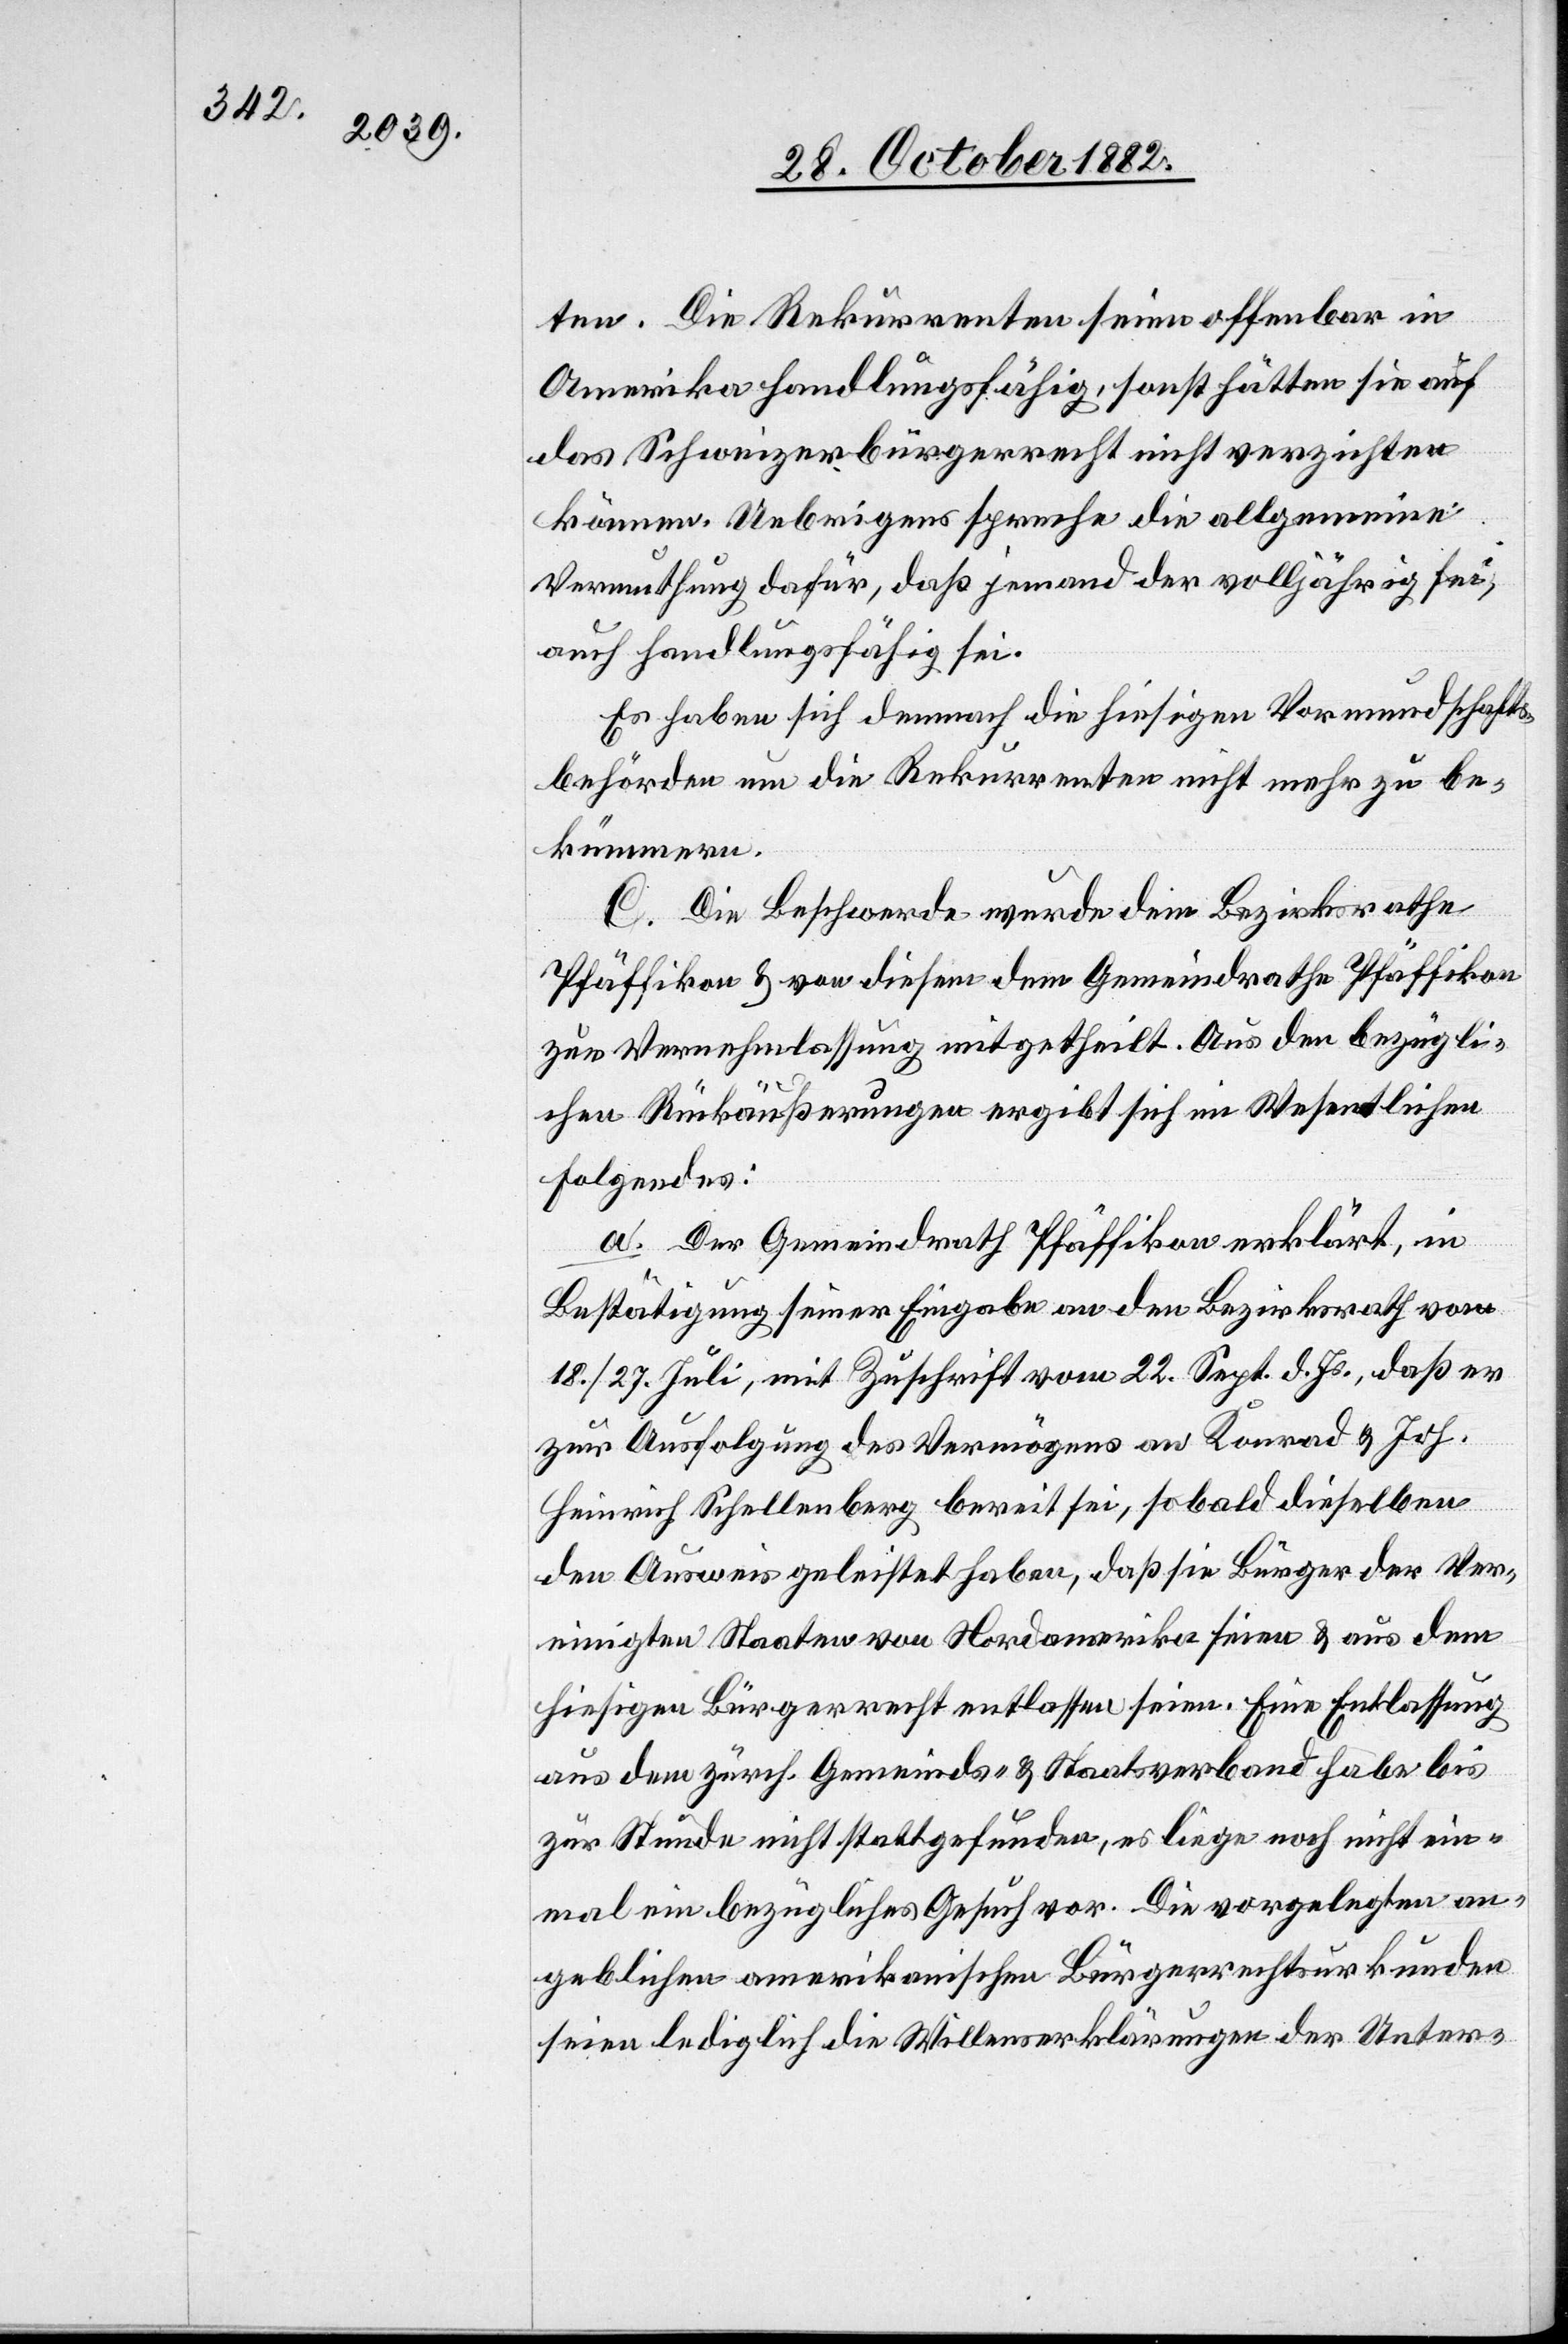
ten. Die Rekurrenten seien offenbar in
Amerika handlungsfähig, sonst hätten sie auf
das Schweizerbürgerrecht nicht verzichten
können. Uebrigens spreche die allgemeine
Vermuthung dafür, daß jemand der volljährig sei,
auch Handlungsfähig sei.
Es haben sich demnach die hiesigen Vormundschafts¬
behörden um die Rekurrenten nicht mehr zu be¬
kümmern.
C. Die Beschwerde wurde dem Bezirksrathe
Pfäffikon & von diesem dem Gemeindrathe Pfäffikon
zur Vernehmlassung mitgetheilt. Aus den bezügli¬
chen Rückäußerungen ergibt sich im Wesentlichen
Folgendes:
a. Der Gemeindrath Pfäffikon erklärt, in
Bestätigung seiner Eingabe an den Bezirksrath vom
18./27. Juli, mit Zuschrift vom 22. Sept. d. Js., daß er
zur Ausfolgung des Vermögens an Konrad & Joh.
Heinrich Schellenberg bereit sei, sobald dieselben
den Ausweis geleistet haben, daß sie Bürger der Ver¬
einigten Staaten von Nordamerika seien & aus dem
hiesigen Bürgerrecht entlassen seien. Eine Entlassung
aus dem zürch. Gemeinds- & Staatsverband habe bis
zur Stunde nicht stattgefunden, es liege noch nicht ein¬
mal ein bezügliches Gesuch vor. Die vorgelegten an¬
geblichen amerikanischen Bürgerrechtsurkunden
seien lediglich die Willenserklärungen der Unter-